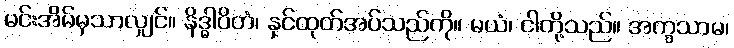
မင်းအိမ်မှသာလျှင်။ နိဒ္ဓါပိတံ၊ နှင်ထုတ်အပ်သည်ကို။ မယံ၊ ငါတို့သည်။ အက္ခသာမ၊